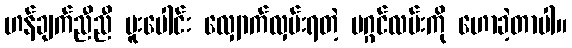
ဟန်ချက်ညီညီ ပူးပေါင်း လျှောက်လှမ်းရတဲ့ မဂ္ဂင်လမ်းကို ဟောခဲ့တာပါ။